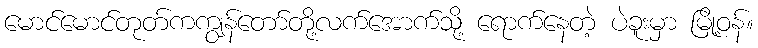
မောင်မောင်တုတ်ကကျွန်တော်တို့လက်အောက်သို့ ရောက်နေတဲ့ ပဲခူးမှာ မြို့ဝန်။